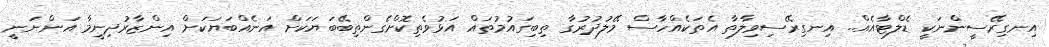
އިނގިރޭސީންނަކީ ޑެލްޓާއެއް.. އިނގިރޭސިވިލާތާ އެތަކެއްހާސް މޭލުދުރުގާ ތިބިގައުމުތައް އަޅުވެތިކޮށްގެންތިބޭބަޔަކަށް އަނެއްބަޔަކަށް އިންޒާރުދިނީމާ އަންނަނީ